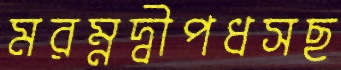
মরম্নদ্বীপধসছ